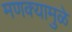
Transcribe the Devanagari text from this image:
मणक्यामुळे